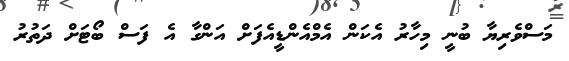
މަސްވެރިޔާ ބުނީ މިހާރު އެކަން އެމްއެންޑީއެފަށް އަންގާ އެ ފަސް ބޯޓަށް ދަތުރު